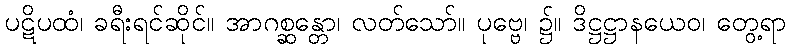
ပဋိပထံ၊ ခရီးရင်ဆိုင်။ အာဂစ္ဆန္တော၊ လတ်သော်။ ပုဗ္ဗေ၊ ၌။ ဒိဋ္ဌဋ္ဌာနယေဝ၊ တွေ့ရာ